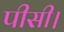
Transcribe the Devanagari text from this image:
पीसी।